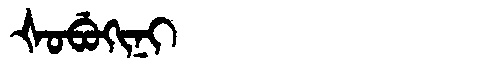
Manchu: ᡧᠣᠪᡠᡴᡳᠨᡳ
Romanization: ŠOBUKINI